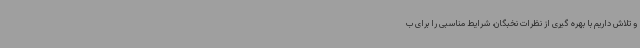
و تلاش داریم با بهره گیری از نظرات نخبگان، شرایط مناسبی را برای ب